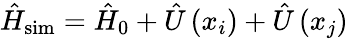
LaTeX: \hat{H}_{\mathrm{sim}}=\hat{H}_{0}+\hat{U}\left(x_{i}\right)+\hat{U}\left(x_{j}\right)